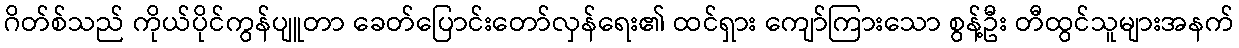
ဂိတ်စ်သည် ကိုယ်ပိုင်ကွန်ပျူတာ ခေတ်ပြောင်းတော်လှန်ရေး၏ ထင်ရှား ကျော်ကြားသော စွန့်ဦး တီထွင်သူများအနက်